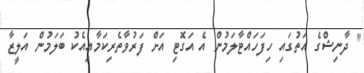
" ދާނިޝްގެ އަތުގައި ހިފަހައްޓާލަމުން އެ އަގޮޓި އަށް ފަރުވާތެރިކަމާއިއެކު ބަލަމުން އަލީޒާ